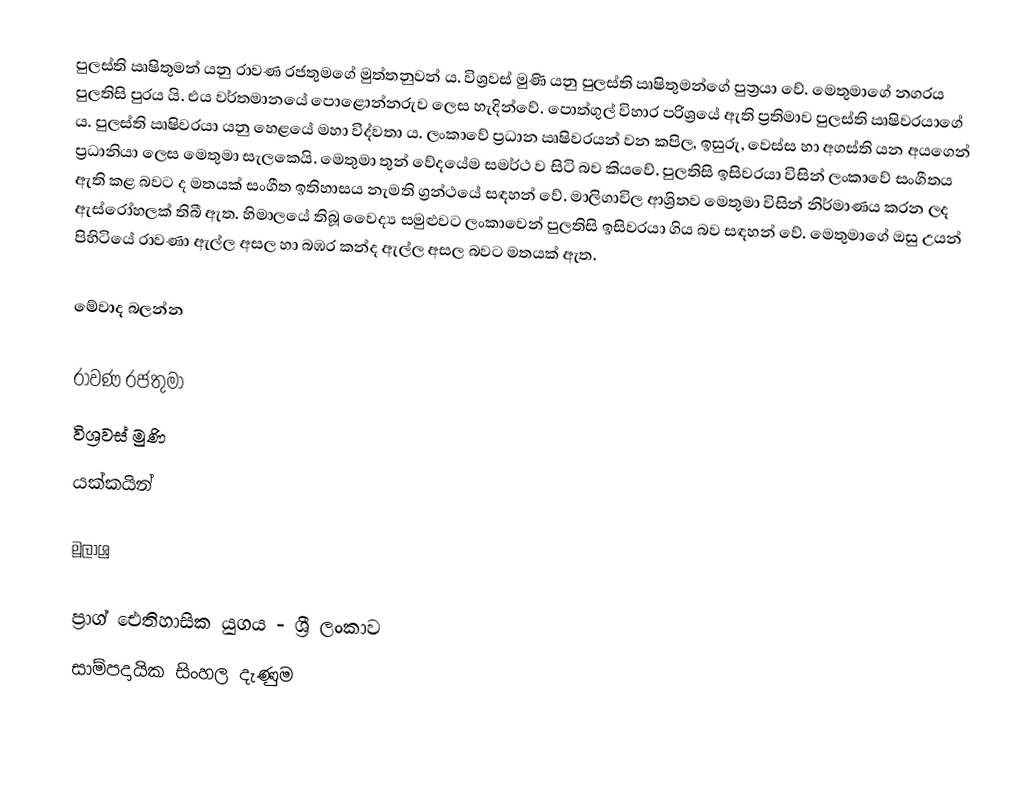
පුලස්ති ඍෂිතුමන් යනු රාවණ රජතුමගේ මුත්තනුවන් ය. විශ්‍රවස් මුණි යනු පුලස්ති ඍෂිතුමන්ගේ පුත්‍රයා වේ. මෙතුමාගේ නගරය පුලතිසි පුරය යි. එය වර්තමානයේ පොළොන්නරුව ලෙස හැදින්වේ. පොත්ගුල් විහාර පරිශ්‍රයේ ඇති ප්‍රතිමාව පුලස්ති ඍෂිවරයාගේ ය. පුලස්ති ඍෂිවරයා යනු හෙළයේ මහා විද්වතා ය. ලං‍කාවේ ප්‍රධාන ඍෂිවරයන් වන කපිල, ඉසුරු, වෙස්ස හා අගස්ති යන අයගෙන් ප්‍රධානියා ලෙස මෙතුමා සැලකෙයි. මෙතුමා තුන් වේදයේම සමර්ථ ව සිටි බව කියවේ. පුලතිසි ඉසිවරයා විසින් ලංකාවේ සංගීතය ඇති කළ බවට ද මතයක් සංගීත ඉතිහාසය නැමති ග්‍රන්ථයේ සඳහන් වේ. මාලිගාවිල ආශ්‍රිතව මෙතුමා විසින් නිර්මාණය කරන ලද ඇස්රෝහලක් තිබී ඇත. හිමාලයේ තිබූ වෛද්‍ය සමුළුවට ලංකාවෙන් පුලතිසි ඉසිවරයා ගිය බව සඳහන් වේ. මෙතුමාගේ ඔසු උයන් පිහිටියේ  රාවණා ඇල්ල අසල හා බඹර කන්ද ඇල්ල අසල බවට මතයක් ඇත.

මේවාද බලන්න

 රාවණ රජතුමා
 විශ්‍රවස් මුණි
 යක්කයින්

මූලාශ්‍ර

ප්‍රාග් ඓතිහාසික යුගය - ශ්‍රී ලංකාව
සාම්පදායික සිංහල දැණුම